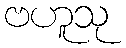
ဗဟူသု